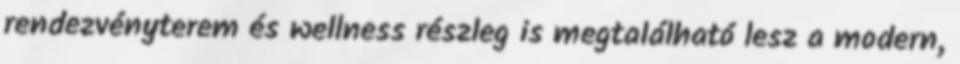
rendezvényterem és wellness részleg is megtalálható lesz a modern,